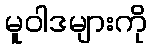
မူဝါဒများကို